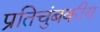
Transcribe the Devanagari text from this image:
प्रतिचुंबकीय